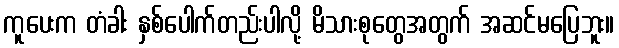
ကူပေးက တံခါး နှစ်ပေါက်တည်းပါလို့ မိသားစုတွေအတွက် အဆင်မပြေဘူး။